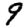
Digit: 9